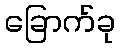
ခြောက်ခု